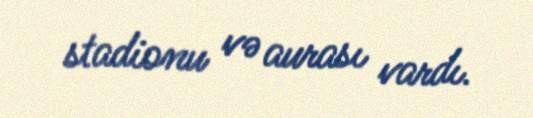
stadionu və aurası vardı.